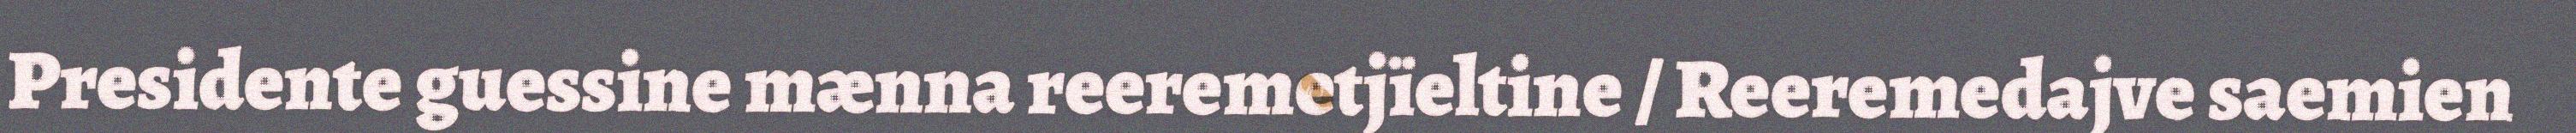
Presidente guessine mænna reeremetjïeltine / Reeremedajve saemien